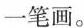
一笔画。